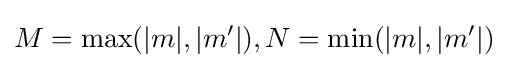
M=\max(|m|,|m'|),N=\min(|m|,|m'|)